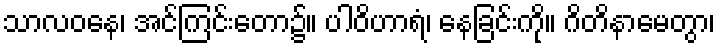
သာလဝနေ၊ အင်ကြင်းတော၌။ ပါဝိဟာရံ၊ နေခြင်းကို။ ဂိတိနာမေတွာ၊